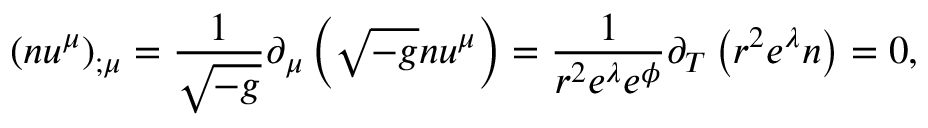
\left( n u ^ { \mu } \right) _ { ; \mu } = \frac { 1 } { \sqrt { - g } } \partial _ { \mu } \left( \sqrt { - g } n u ^ { \mu } \right) = \frac { 1 } { r ^ { 2 } e ^ { \lambda } e ^ { \phi } } \partial _ { T } \left( r ^ { 2 } e ^ { \lambda } n \right) = 0 ,